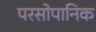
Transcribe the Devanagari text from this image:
परसोपानिक